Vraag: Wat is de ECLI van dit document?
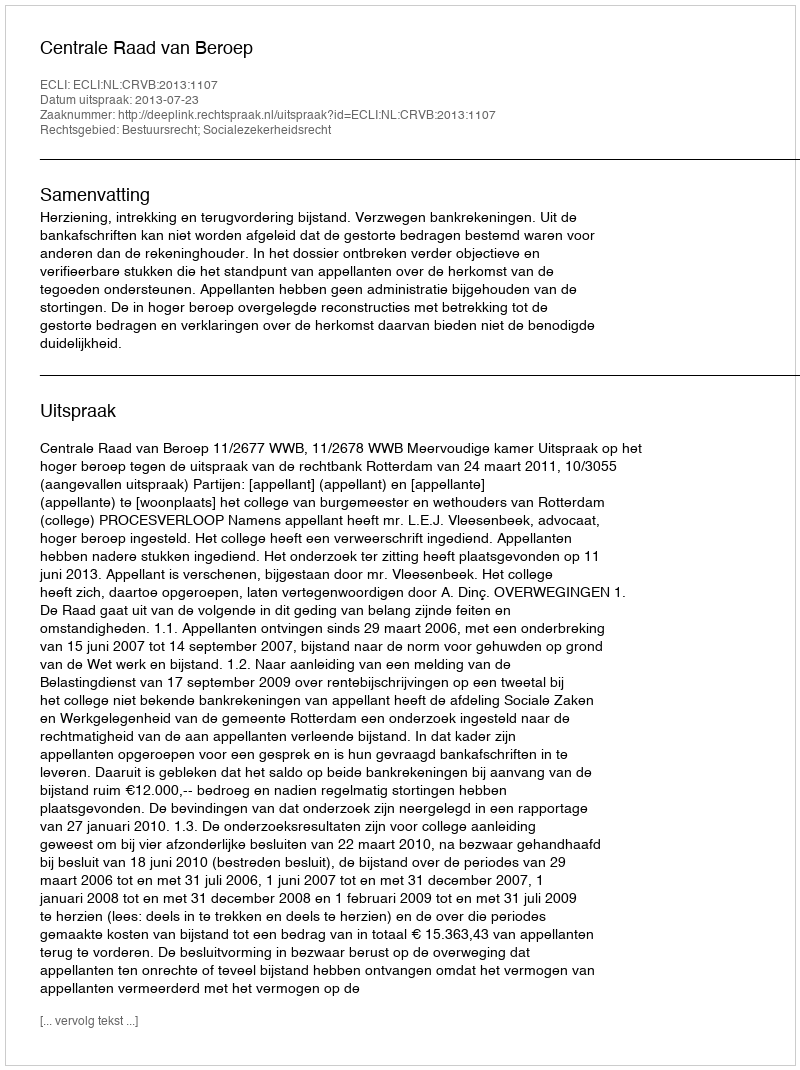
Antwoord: ECLI:NL:CRVB:2013:1107